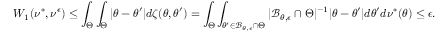
W _ { 1 } ( \nu ^ { * } , \nu ^ { \epsilon } ) \leq \int _ { \Theta } \int _ { \Theta } | \theta - \theta ^ { \prime } | d \zeta ( \theta , \theta ^ { \prime } ) = \int _ { \Theta } \int _ { \theta ^ { \prime } \in \mathcal B _ { \theta , \epsilon } \cap \Theta } | \mathcal B _ { \theta , \epsilon } \cap \Theta | ^ { - 1 } | \theta - \theta ^ { \prime } | d \theta ^ { \prime } d \nu ^ { * } ( \theta ) \leq \epsilon .